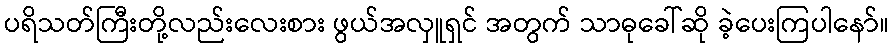
ပရိသတ်ကြီးတို့လည်းလေးစား ဖွယ်အလှူရှင် အတွက် သာဓုခေါ်ဆို ခဲ့ပေးကြပါနော်။